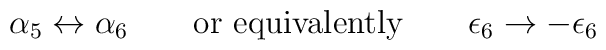
\alpha_5\leftrightarrow\alpha_6 \quad \quad \mbox{or equivalently} \quad \quad \epsilon_6\rightarrow -\epsilon_6